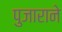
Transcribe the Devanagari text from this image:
पुजाराने